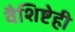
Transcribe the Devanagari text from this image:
वैशिष्टेही